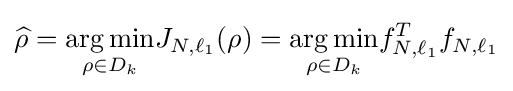
{\widehat {\rho }}={\underset {\rho \in D_{k}}{\operatorname {arg\,min} }}J_{N,\ell _{1}}(\rho )={\underset {\rho \in D_{k}}{\operatorname {arg\,min} }}f_{N,\ell _{1}}^{T}f_{N,\ell _{1}}